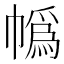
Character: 𪩼